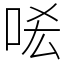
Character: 㖁